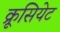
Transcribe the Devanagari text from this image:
क्रूसियेट